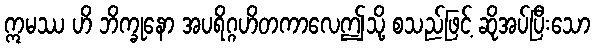
ဣမဿ ဟိ ဘိက္ခုနော အပရိဂ္ဂဟိတကာလေဤသို့ စသည်ဖြင့် ဆိုအပ်ပြီးသော